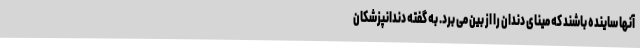
آنها ساینده باشند که مینای دندان را از بین می برد. به گفته دندانپزشکان